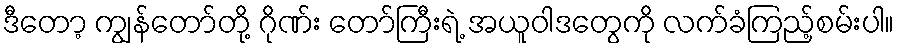
ဒီတော့ ကျွန်တော်တို့ ဂိုဏ်း တော်ကြီးရဲ့ အယူဝါဒတွေကို လက်ခံကြည့်စမ်းပါ။